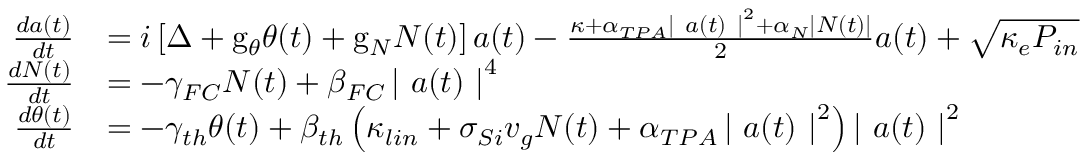
\begin{array} { r l } { \frac { d a ( t ) } { d t } } & { = i \left[ \Delta + \mathrm { g } _ { \theta } \theta ( t ) + \mathrm { g } _ { N } N ( t ) \right] a ( t ) - \frac { \kappa + \alpha _ { T P A } \left| ~ a ( t ) ~ \right| ^ { 2 } + \alpha _ { N } \left| N ( t ) \right| } { 2 } a ( t ) + \sqrt { \kappa _ { e } P _ { i n } } } \\ { \frac { d N ( t ) } { d t } } & { = - \gamma _ { F C } N ( t ) + \beta _ { F C } \left| ~ a ( t ) ~ \right| ^ { 4 } } \\ { \frac { d \theta ( t ) } { d t } } & { = - \gamma _ { t h } \theta ( t ) + \beta _ { t h } \left( \kappa _ { l i n } + \sigma _ { S i } v _ { g } N ( t ) + \alpha _ { T P A } \left| ~ a ( t ) ~ \right| ^ { 2 } \right) \left| ~ a ( t ) ~ \right| ^ { 2 } } \end{array}